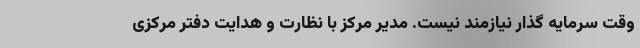
وقت سرمایه گذار نیازمند نیست. مدیر مرکز با نظارت و هدایت دفتر مرکزی